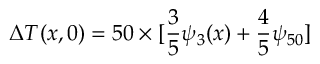
\Delta T ( x , 0 ) = 5 0 \times [ \frac { 3 } { 5 } \psi _ { 3 } ( x ) + \frac { 4 } { 5 } \psi _ { 5 0 } ]